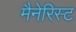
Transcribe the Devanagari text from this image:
मैनेरिस्ट